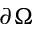
\partial \Omega